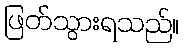
ဖြတ်သွားရသည်။